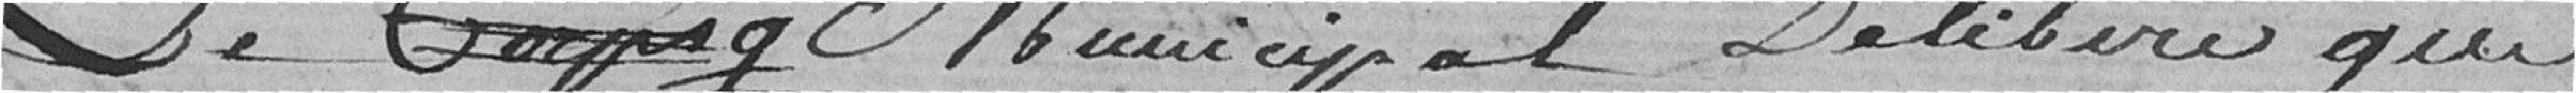
Le corps municipal délibère que